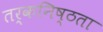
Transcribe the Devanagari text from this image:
तर्कनिष्ठता